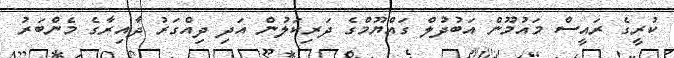
ކުރީގެ ރައީސް މައުމޫން އަބުދުލް ގައްޔޫމްގެ ދަރިކަލުން އަދި ދިއްގަރު ދާއިރާގެ މެންބަރު